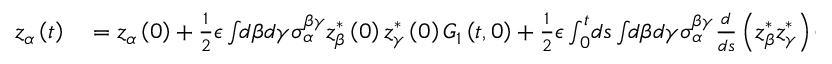
\begin{array} { r l } { z _ { \alpha } \left( t \right) } & { { } = z _ { \alpha } \left( 0 \right) + \frac { 1 } { 2 } \epsilon \int \! \! d \beta d \gamma \sigma _ { \alpha } ^ { \beta \gamma } z _ { \beta } ^ { * } \left( 0 \right) z _ { \gamma } ^ { * } \left( 0 \right) G _ { 1 } \left( t , 0 \right) + \frac { 1 } { 2 } \epsilon \int _ { 0 } ^ { t } \! d s \int \! \! d \beta d \gamma \sigma _ { \alpha } ^ { \beta \gamma } \frac { d } { d s } \left( z _ { \beta } ^ { * } z _ { \gamma } ^ { * } \right) G _ { 1 } \left( t , s \right) } \end{array}